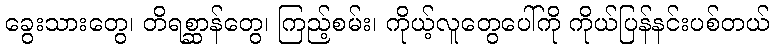
ခွေးသားတွေ၊ တိရစ္ဆာန်တွေ၊ ကြည့်စမ်း၊ ကိုယ့်လူတွေပေါ်ကို ကိုယ်ပြန်နင်းပစ်တယ်